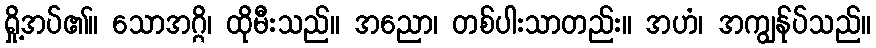
ရှို့အပ်၏။ သောအဂ္ဂိ၊ ထိုမီးသည်။ အညော၊ တစ်ပါးသာတည်း။ အဟံ၊ အကျွန်ုပ်သည်။